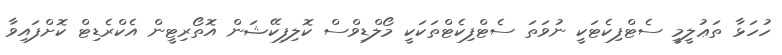
ހުހަޅާ ތަޢުލީމީ ސެޓްފިކެޓަކީ ނުވަތަ ސެޓްފިކެޓްތަކަކީ މޯލްޑިވްސް ކޮލިފިކޭޝަން އޮތޯރިޓީން އެކްރެޑިޓް ކޮށްފައިވާ